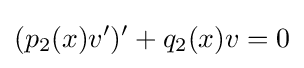
(p_{2}(x)v')'+q_{2}(x)v=0